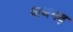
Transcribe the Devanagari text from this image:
अधगढ़